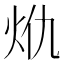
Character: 𭴍